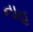
નાહ